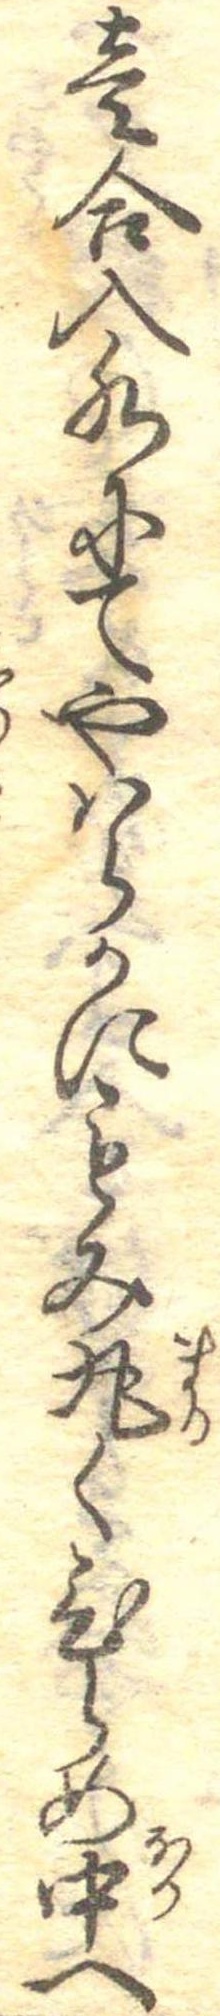
壱合入水にてやはらかにもみ丸くひらめ中へ